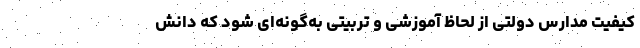
کیفیت مدارس دولتی از لحاظ آموزشی و تربیتی به‌گونه‌ای شود که دانش‌